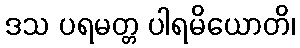
ဒသ ပရမတ္တ ပါရမိယောတိ၊